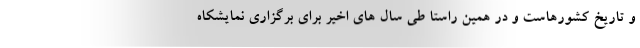
و تاریخ کشورهاست و در همین راستا طی سال های اخیر برای برگزاری نمایشکاه